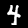
Digit: 4